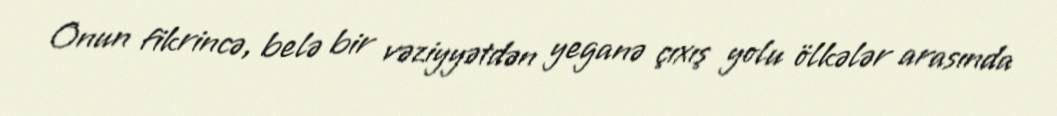
Onun fikrincə, belə bir vəziyyətdən yeganə çıxış yolu ölkələr arasında